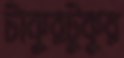
টাকুরটুকুর